Document type: Sale
Year: 1435
Scribe: Pere Soler
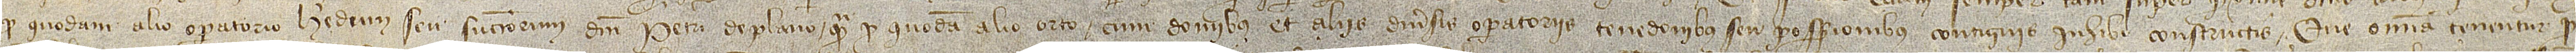
pro quodam alio operatorio heredem seu successorem dicti Petri de Plano quam pro quodam alio orto cum dominus et aliis diversis operatoriis, tenedonibus seu possessionibus contiguis inhibi constructis. Que omnia tenentur pro